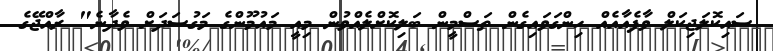
ސައިކޮލަޖިކަލް ވާފެއާއެއް ހިންގަވައިގެން ތަސްމީން ބަލިކޮށްލެއްވުން މިއީ މައުމޫންގެ މަގުސަދަށް ވެދާނެ" ރާއްޖޭގެ